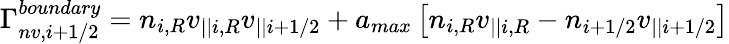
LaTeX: \Gamma_{nv,i+1/2}^{boundary}=n_{i,R}v_{||i,R}v_{||i+1/2}+a_{max}\left[n_{i,R}v_{||i,R}-n_{i+1/2}v_{||i+1/2}\right]